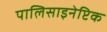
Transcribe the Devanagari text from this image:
पालिसाइनेप्टिक